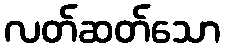
လတ်ဆတ်သော